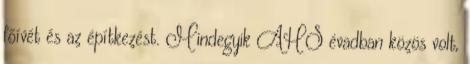
főívét és az építkezést. Mindegyik AHS évadban közös volt,